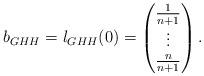
LaTeX: \begin{align*}b _{GHH} = l_{GHH}(0) =\begin{pmatrix}\frac{1}{n+1} \\ \vdots \\ \frac{n}{n+1}\end{pmatrix}.\end{align*}